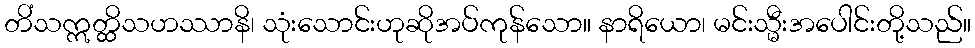
တိံသဣတ္ထိသဟဿာနိ၊ သုံးသောင်းဟုဆိုအပ်ကုန်သော။ နာရိယော၊ မင်းသ္မီးအပေါင်းတို့သည်။